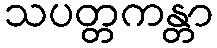
သပတ္တကန္တာ